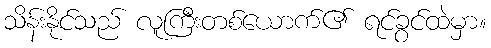
သိန်းနိုင်သည် လူကြီးတစ်ယောက်၏ ရင်ခွင်ထဲမှာ။